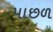
પાછળ